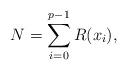
LaTeX: \begin{align*}N = \sum\limits_{i=0}^{p-1}R(x_i), \end{align*}